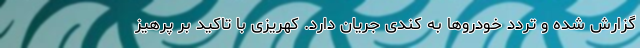
گزارش شده و تردد خودروها به کندی جریان دارد. کهریزی با تاکید بر پرهیز